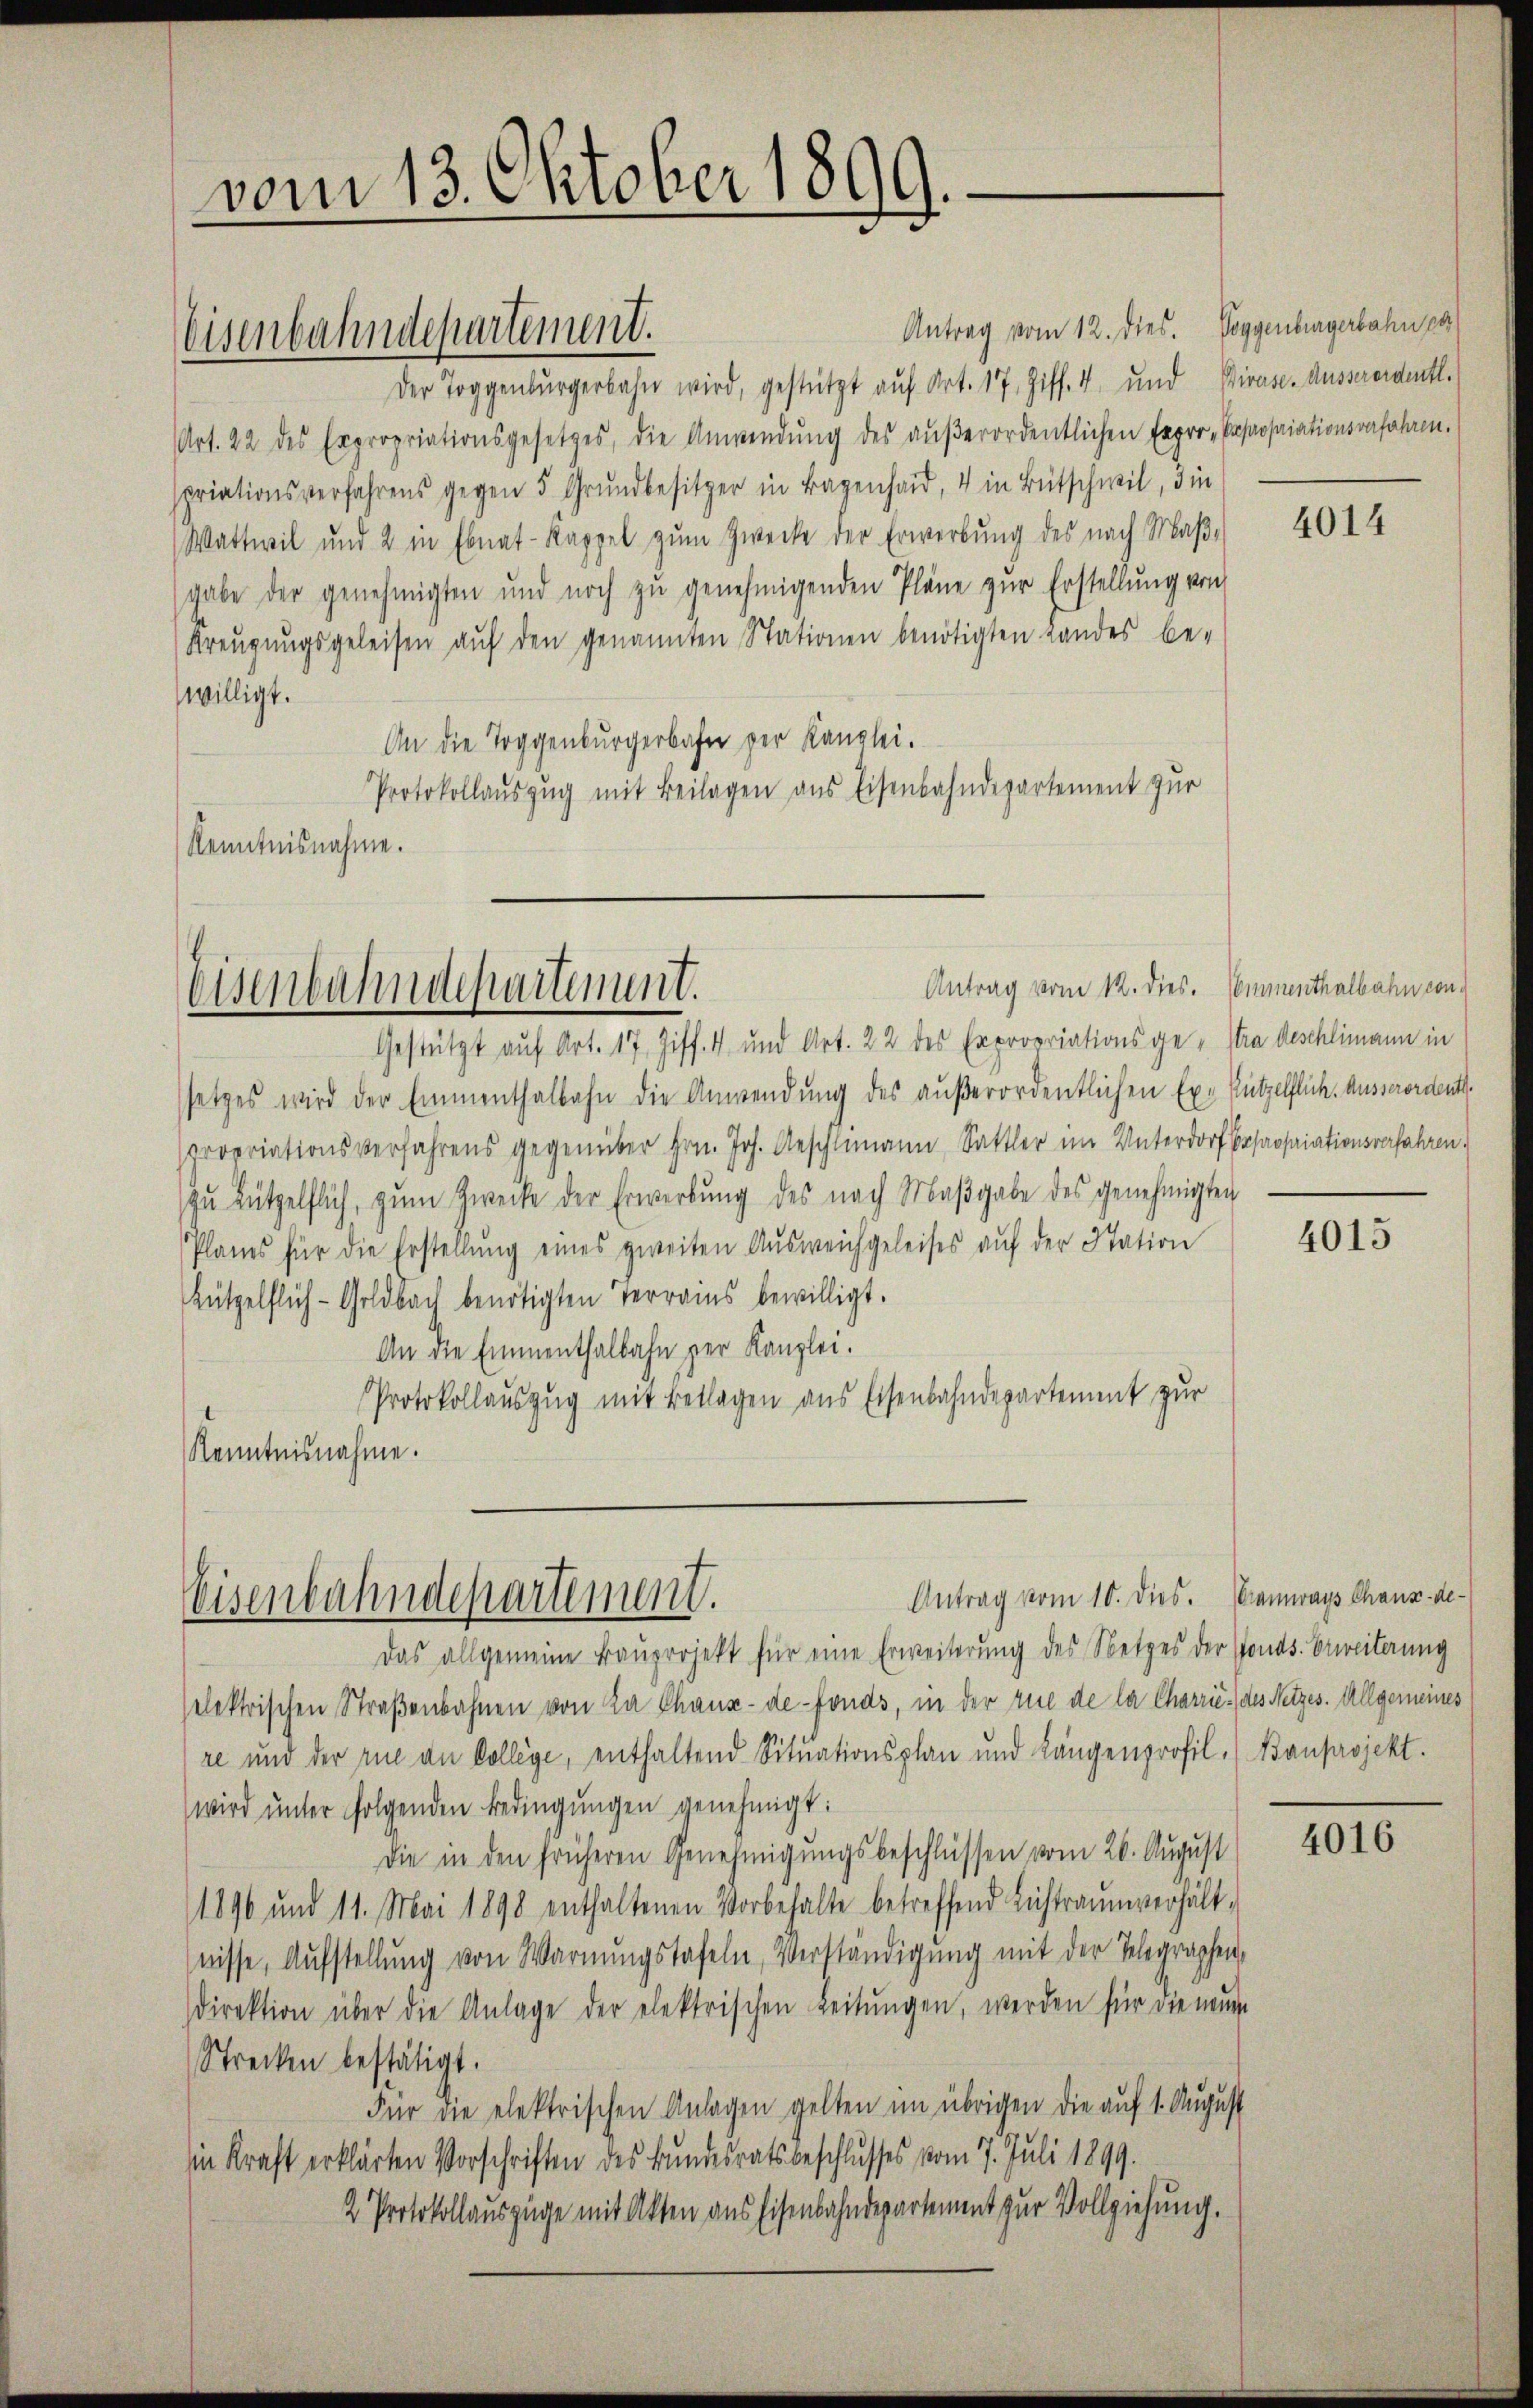
vom 13. Oktober 1899.

Antrag vom 12. dies. Poggenburgerbahn pa
Der Toggenbŭrgerbahn wird, gestützt aŭf Art. 17, Ziff. 4 und Pirase-Ausserordentl.
Art. 22 des Expropriationsgesetzes, die Anwendŭng des aŭβerordentlichen Expro-Expropriationsverfahren.
spriationsverfahrens gegen 5 Grŭndbesitzer in Bagenhard, 4 in Bütschwil, die
Wattwil und 2 in Ebnat-Kappel zŭm Zwecke der Erwerbŭng des nach Maβ-
gabe der genehmigten und noch zŭ genehmigenden Pläne zŭr Erstellŭng von
Kreŭgŭngsgeleisen aŭf den genannten Stationen benötigten Landes be-
willigt.
An die Toggenburgerbahne der Kanzlei.
Protokollauszug mit Beilagen aus Eisenbahndepartement zur
Kenntnisnahme.

Eisenbahndepartement.

Visenbahndepartement.

Gestützt auf Art. 17 Ziff. 4 und Art. 22 des Expropriationsge- Stra deschlimann in
setzes wird der Emmenthalbahn die Anwendung des außerordentlichen Ex. Pützelflich. Ausserordent.
propriationsverfahrens gegenüber hrn. Joh. Geschlimann, Sattler im Unterdorf beprosariationsverfahren.
zŭ Lützelflich, zŭm Zwecke der Erwerbŭng des nach Maβgabe des genehmigten
Planes für die Erstellŭng eines zweiten Aŭsweichgeleises aŭf der Station
Lützelflich-Goldbach benötigten Terrains bewilligt.
An die Emmenthalbahn zur Kanzlei.
Protokollauszug mit Beklagen aus Eisenbahndepartement zur
Kenntnisnahme.

Antrag vom 10. dies. Bramways Chaux-de-
Eisenbahndepartement.

Antrag vom 12. dies. Commenthalbahn con

Das allgemeine Baŭprojekt für eine Erweiterung des Netzes der fonds. bereiterung
selektrischen Straßenbahnen von La Chaux-de-Fonds, in der rue de la Charrić, des Netzes. Allgemeines
re und der zue an College, enthaltend Situationsplan und Längenprofil. (Banprojekt.
wird ŭnter folgenden Bedingŭngen genehmigt:
Die in den früheren Genehmigungsbeschlüssen vom 26. August
1896 und 11. Mai 1898 enthaltenen Vorbehalte betreffend Lichtraum verhält-
nisse, Aufstellung von Warnungstafeln, Verständigung mit der Telegraphen,
direktion über die Anlage der elektrischen Leitŭngen, werden für die neuen
Strecken bestätigt.
Für die elektrischen Anlagen gelten im übrigen die auf 1. August
in Kraft erklärten Vorschriften des Bundesratsbeschlusses vom 7. Juli 1899.
2 Protokollauszüge mit Akten aus Eisenbahndepartement zur Vollziehung.

4014

4015

4016